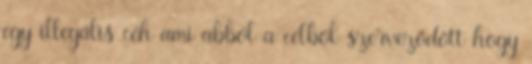
egy illegális céh ami abból a célból szerveződött hogy